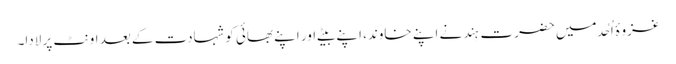
غزوۂ اُحُد میں حضرت ہِند نے اپنے خاوند، اپنے بیٹے اور اپنے بھائی کو شہادت کے بعد اونٹ پر لادا۔